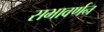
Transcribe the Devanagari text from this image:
सभावर्णन